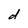
Character: d